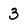
Character: 3